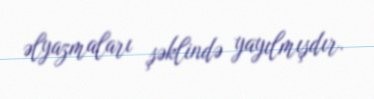
əlyazmaları şəklində yayılmışdır.